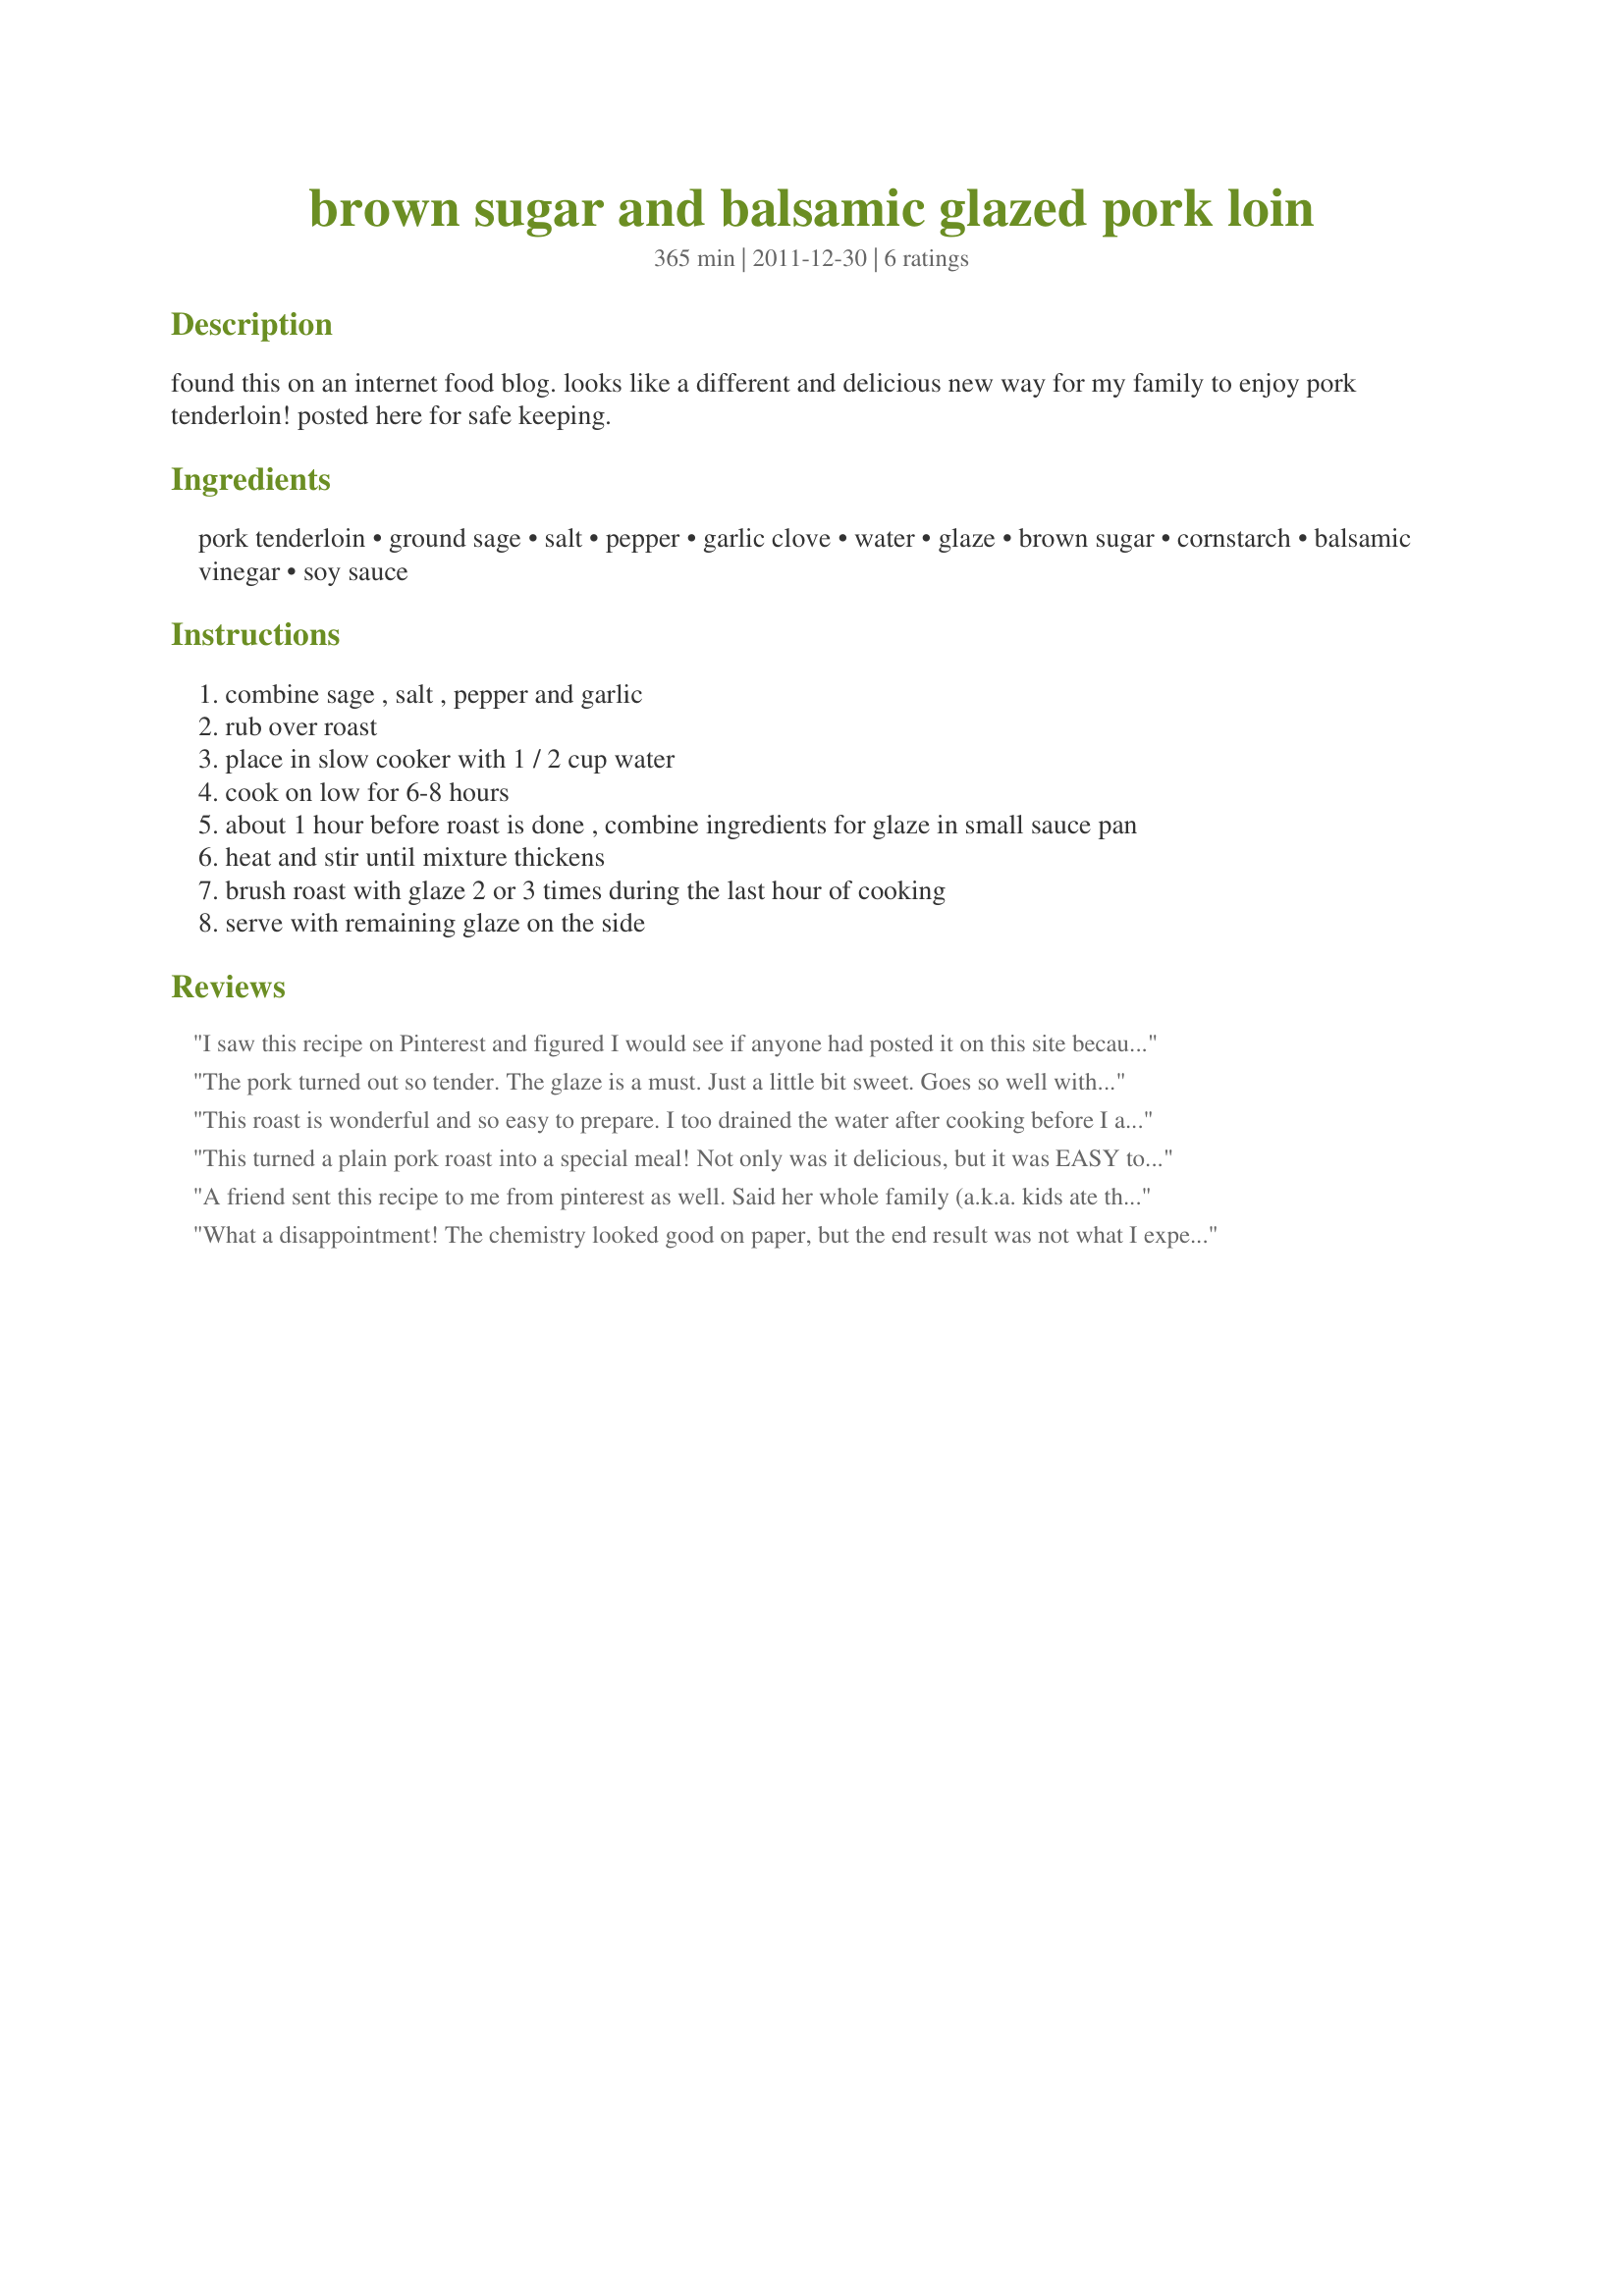
brown sugar and balsamic glazed pork loin
Preparation time: 365 minutes

found this on an internet food blog. looks like a different and delicious new way for my family to enjoy pork tenderloin! posted here for safe keeping.

Ingredients:
pork tenderloin, ground sage, salt, pepper, garlic clove, water, glaze, brown sugar, cornstarch, balsamic vinegar, soy sauce

Steps:
combine sage , salt , pepper and garlic
rub over roast
place in slow cooker with 1 / 2 cup water
cook on low for 6-8 hours
about 1 hour before roast is done , combine ingredients for glaze in small sauce pan
heat and stir until mixture thickens
brush roast with glaze 2 or 3 times during the last hour of cooking
serve with remaining glaze on the side

Reviews:
I saw this recipe on Pinterest and figured I would see if anyone had posted it on this site because it looked really good. I'm glad I found the recipe because the glaze for the pork was outstanding! I followed the recipe as written except that I used a 4 lb pork loin. I cooked it for 9 hours and it was completely cooked through and too tender to cut so I shredded it. I also drained most of the liquid from the crock pot before I started basting it so I could shred it in the pot when it was finished. The only problem that I ran into was that I didn't have enough glaze to mix in with all the shredded pork but I'm sure this is because of the size of the roast that I used. If you are using anything over the suggested 2 lb roast, you would probably be best off doubling the glaze recipe. Thank you for posting! This was a really wonderful dinner.
The pork turned out so tender. The glaze is a must. Just a little bit sweet. Goes so well with the pork. Thanks Taylor&#039;s Mommy :) Made for Name that ingredient tag game
This roast is wonderful and so easy to prepare. I too drained the water after cooking before I added the glaze. I found the glaze didn't thicken enough so I added another 1/2 Tbsp cornstarch and then it was perfect. Everyone loved this! Made for Fall PAC 2012. Thanks for the recipe!
This turned a plain pork roast into a special meal! Not only was it delicious, but it was EASY too! The aroma while cooking was wonderful, but the glaze is what puts the roast over the top. I cooked the roast until done, but still in one piece. I drained the cooking liquid from the crockpot before starting the glazing process. The finished roast didn't have the deep colored glazing like the photo I'd seen on the net, but it was delicious. This is a company worthy roast, but I would glaze the roast in the oven in that case for a prettier presentation. Served with recipe #457552. Thank you for sharing the recipe! :-)
A friend sent this recipe to me from pinterest as well. Said her whole family (a.k.a. kids ate the roast) so I tried it. Was great. Even my husband had some and he's a crock pot snob (wink). Only change is that I used 3 lbs of thick pork chops (from pork loin). I also drained the liquid before adding glaze. Thanks for taking the time to post.
What a disappointment! The chemistry looked good on paper, but the end result was not what I expected. I followed the instructions to the letter. The beautiful roast (from our local butcher) came out tough and was overcooked. The &quot;glaze&quot; was tart where I expected more sweet and sour. Hopefully I can find something to save the poor leftovers of what should have been a fantastic roast. Will never use this recipe again...if I could have left 0 stars I would have. Cooks, beware!
